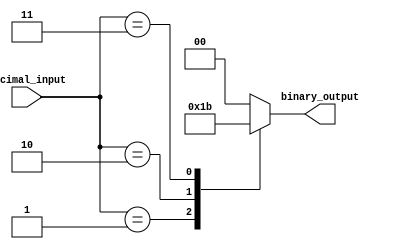
module decimal_priority_encoder (
    input [3:0] decimal_input,
    output reg [1:0] binary_output
);

always @* begin
    case(decimal_input)
        4'd0: binary_output = 2'b00;
        4'd1: binary_output = 2'b01;
        4'd2: binary_output = 2'b10;
        4'd3: binary_output = 2'b11;
        default: binary_output = 2'b00; // default to lowest priority if input is invalid
    endcase
end

endmodule